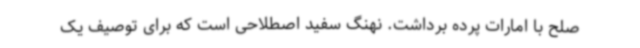
صلح با امارات پرده برداشت. نهنگ سفید اصطلاحی است که برای توصیف یک